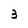
Character: 3